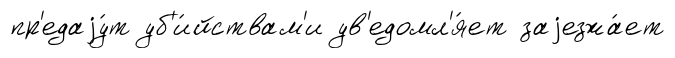
пр'едаjу́т уб'и́йствам'и ув'едомл'я́ет заjезжа́ет